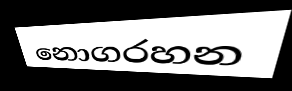
නොගරහන